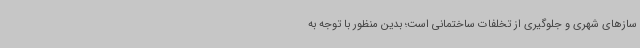
سازهای شهری و جلوگیری از تخلفات ساختمانی است؛ بدین منظور با توجه به